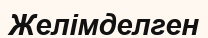
Желімделген